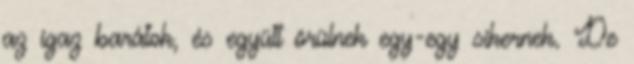
az igaz barátok, és együtt örülnek egy-egy sikernek. De